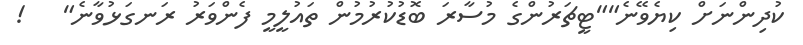
ކުދިންނަށް ކިޔެވޭނެ""ޓީޗަރުންގެ މުސާރަ ބޮޑުކުރުމުން ތައުލީމީ ފެންވަރު ރަނގަޅުުވާނެ"   !